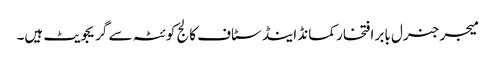
میجر جنرل بابر افتخار کمانڈ اینڈ سٹاف کالج کوئٹہ سے گریجویٹ ہیں۔